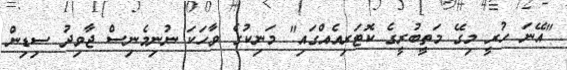
"އޭނަ ހުރީ މިގޭ މަތީބުރީގެ ކޮޓަރިއެއްގައި" މަނިކުގެ ވާހަކަ ނުނިމެނިސް ޖާވިދު ސިޑިން